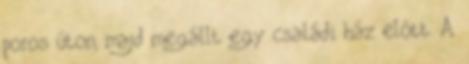
poros úton, majd megállt egy családi ház előtt. A